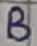
Text: B